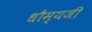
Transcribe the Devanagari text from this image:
धौम्यजी